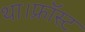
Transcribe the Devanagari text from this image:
था।फ्रॉस्ट